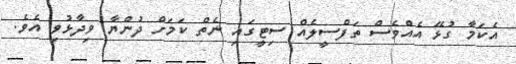
އެކަމާ ގުޅޭ އެއްވެސް ތަފްސީލެއް ސިޓީގައި ނެތް ކަމަށް ދުންޔާ ވިދާޅުވި އެވެ.